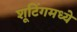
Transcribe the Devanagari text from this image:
शूटिंगमध्ये